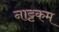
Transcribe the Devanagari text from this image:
नाट्टकम